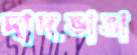
দাদভাঙা